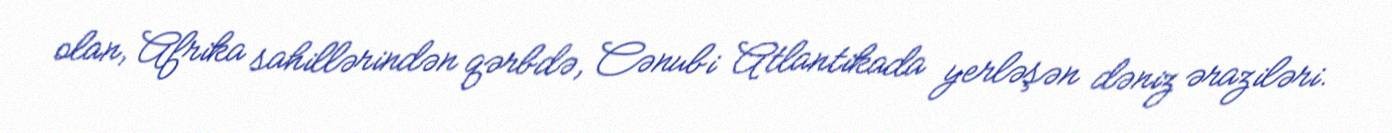
olan, Afrika sahillərindən qərbdə, Cənubi Atlantikada yerləşən dəniz əraziləri.